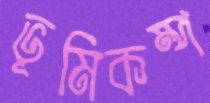
ভূমিকম্প